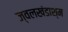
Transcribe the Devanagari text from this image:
ज्वलखंडाश्म